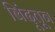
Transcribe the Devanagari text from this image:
बिंदूतून